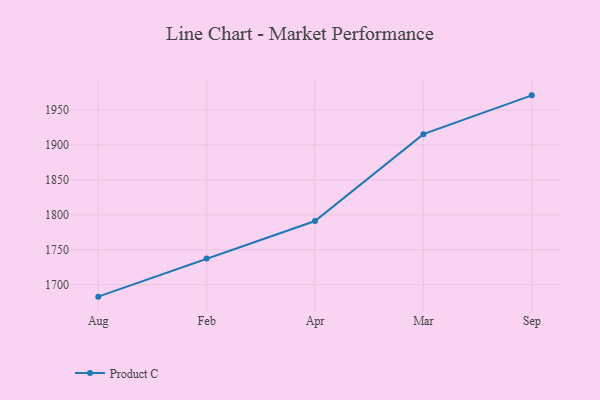
{"axis": {"x": "Month", "y": "Customer Acquisition Cost (USD)"}, "legend": ["Product C"], "data": [{"x": "Aug", "y": 1682.9, "type": "Product C"}, {"x": "Feb", "y": 1737.4, "type": "Product C"}, {"x": "Apr", "y": 1791.1, "type": "Product C"}, {"x": "Mar", "y": 1915.5, "type": "Product C"}, {"x": "Sep", "y": 1971.0, "type": "Product C"}]}